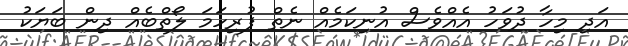
އަދި މިހާ ދުވަހު އެއްވެސް އުނިކަމެއް ނެތް ފުރިހަމަ ލޯތްބެއް ދިން ބަޔަކު